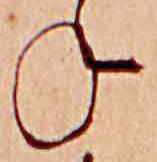
ね